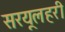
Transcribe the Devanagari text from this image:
सरयूलहरी